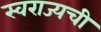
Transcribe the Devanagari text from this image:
स्वराज्यची